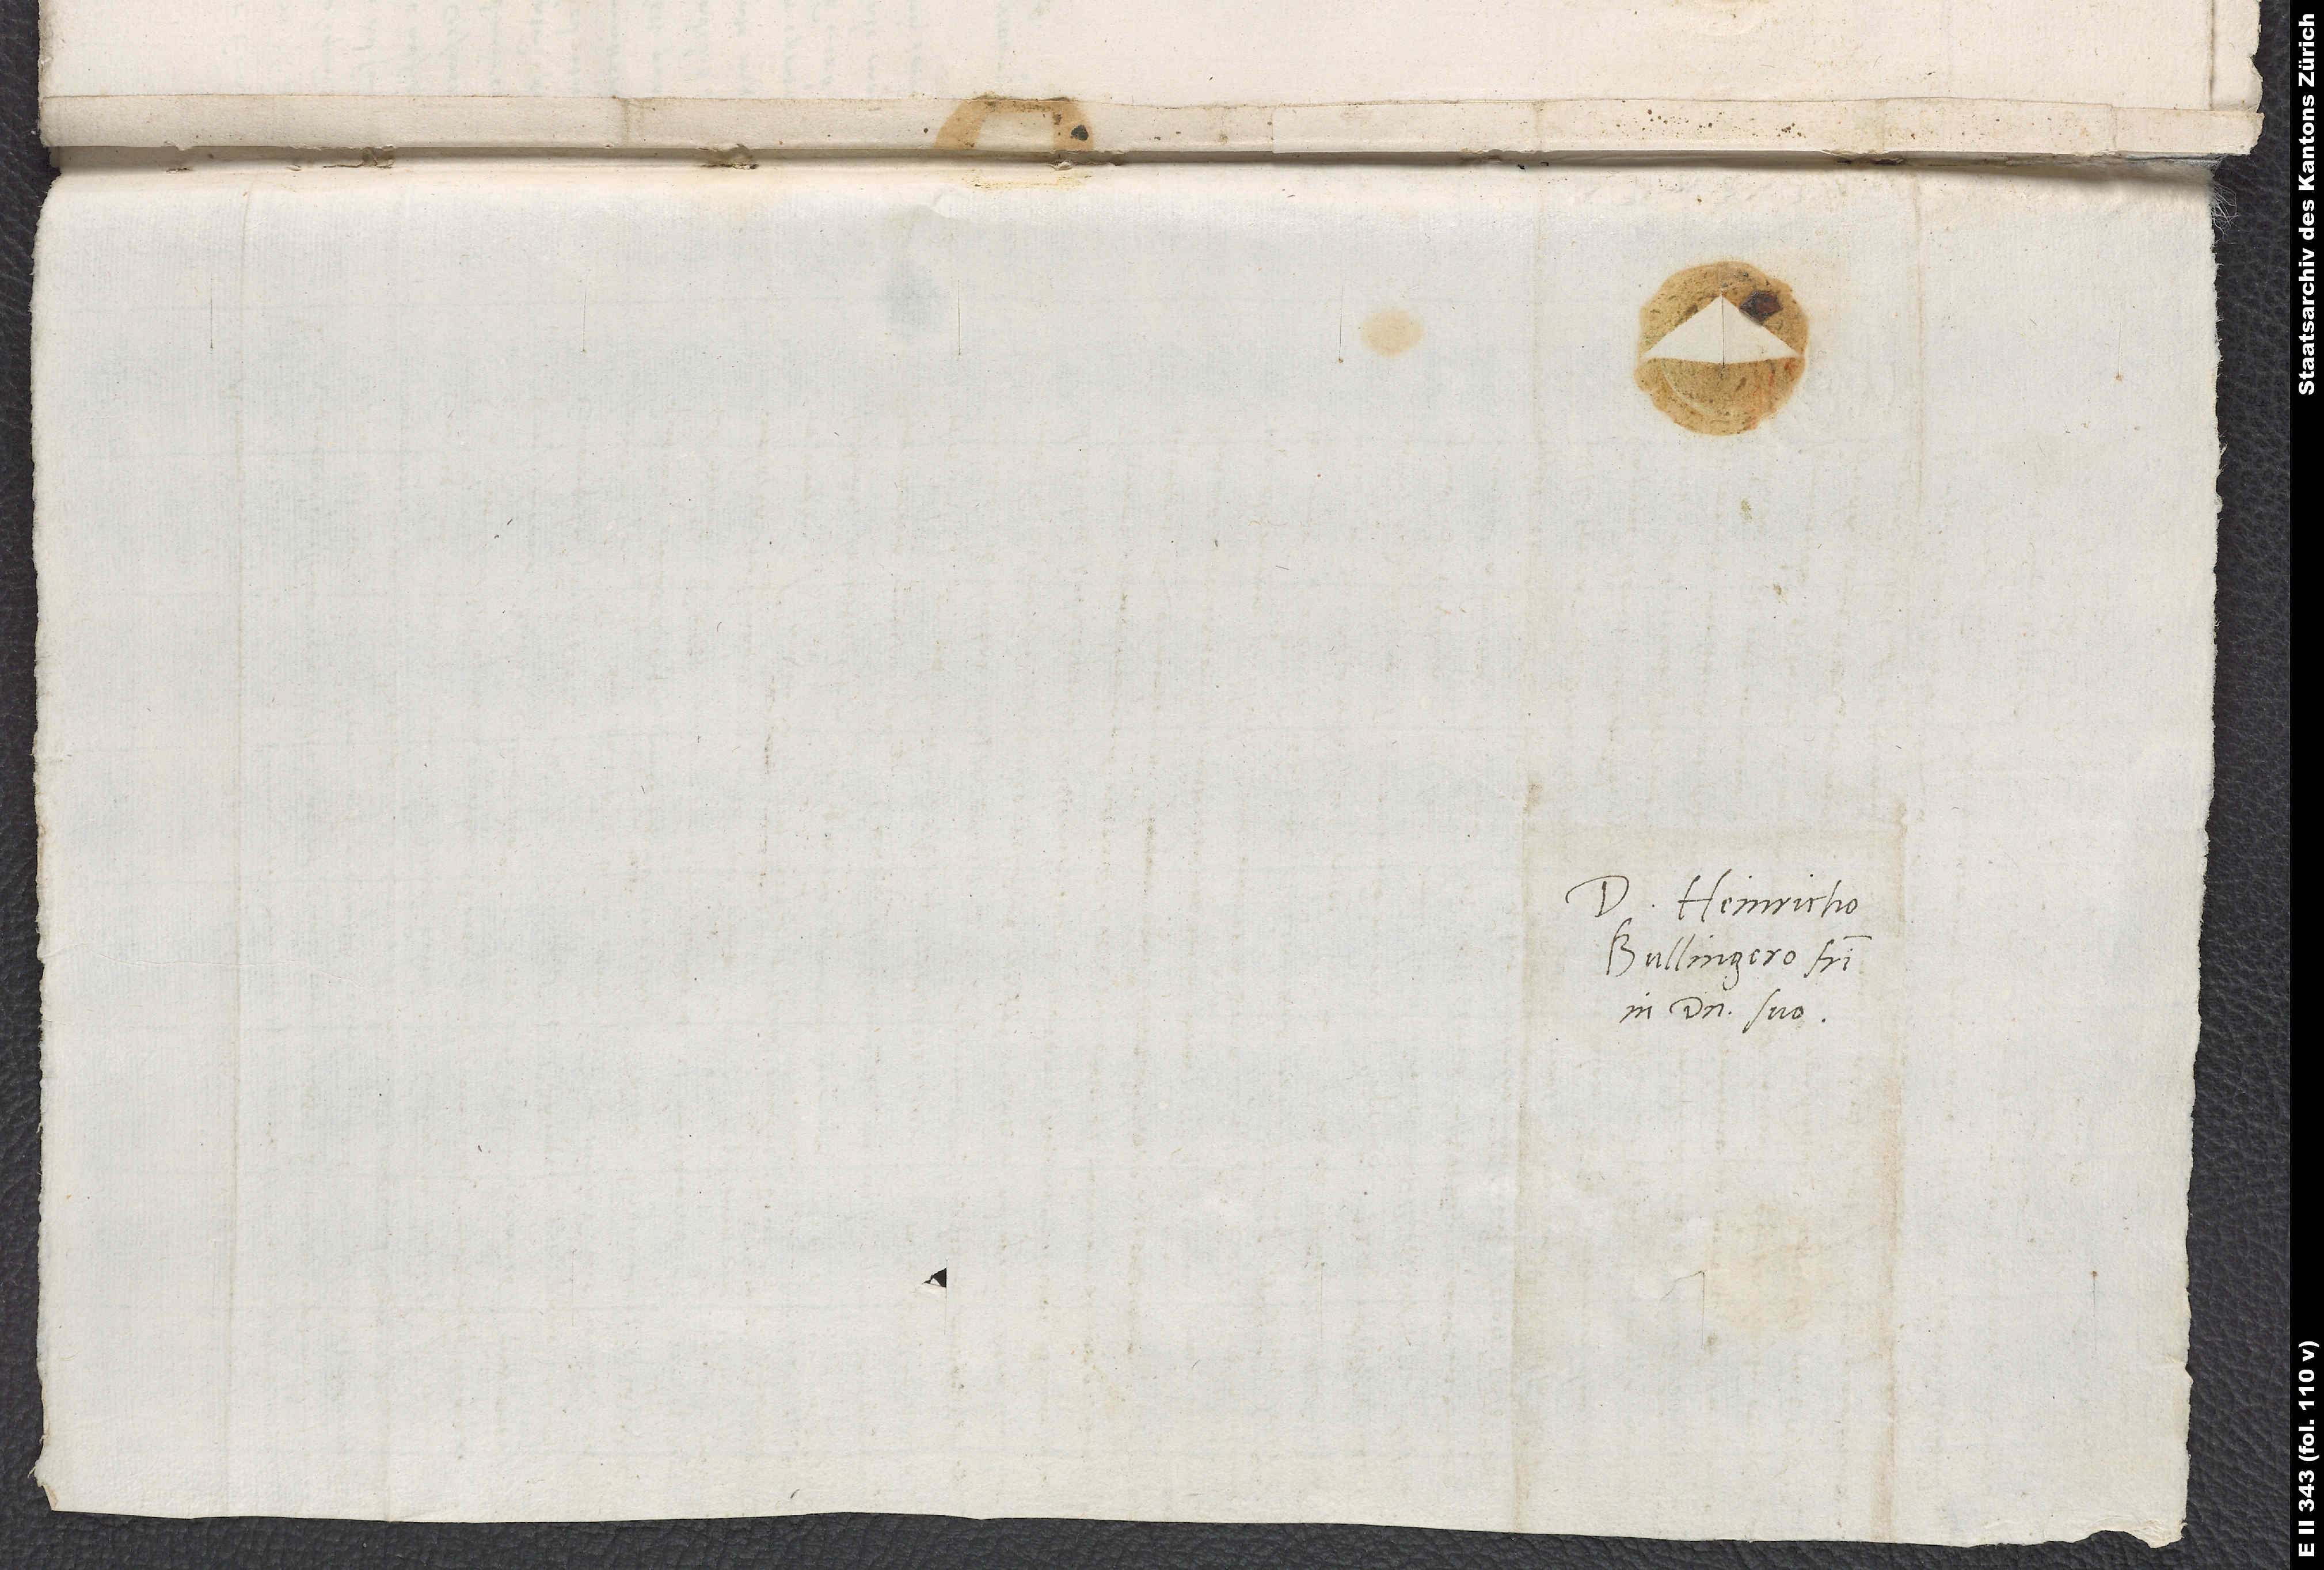
Domino Heinricho
Bullingero, fratri
in domino suo.